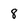
Character: 8